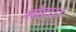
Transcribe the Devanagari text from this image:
खोटा।।